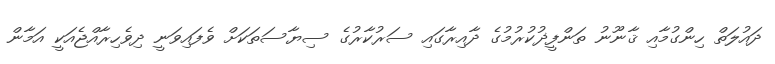
ދައުލަތް ހިންގުމާއި ޤާނޫނު ތަންފީޛުކުރުމުގެ ދާއިރާގައި ސަރުކާރުގެ ސިޔާސަތަކަށް ވެފައިވަނީ ދިވެހިރާއްޖެއަކީ އަމާން